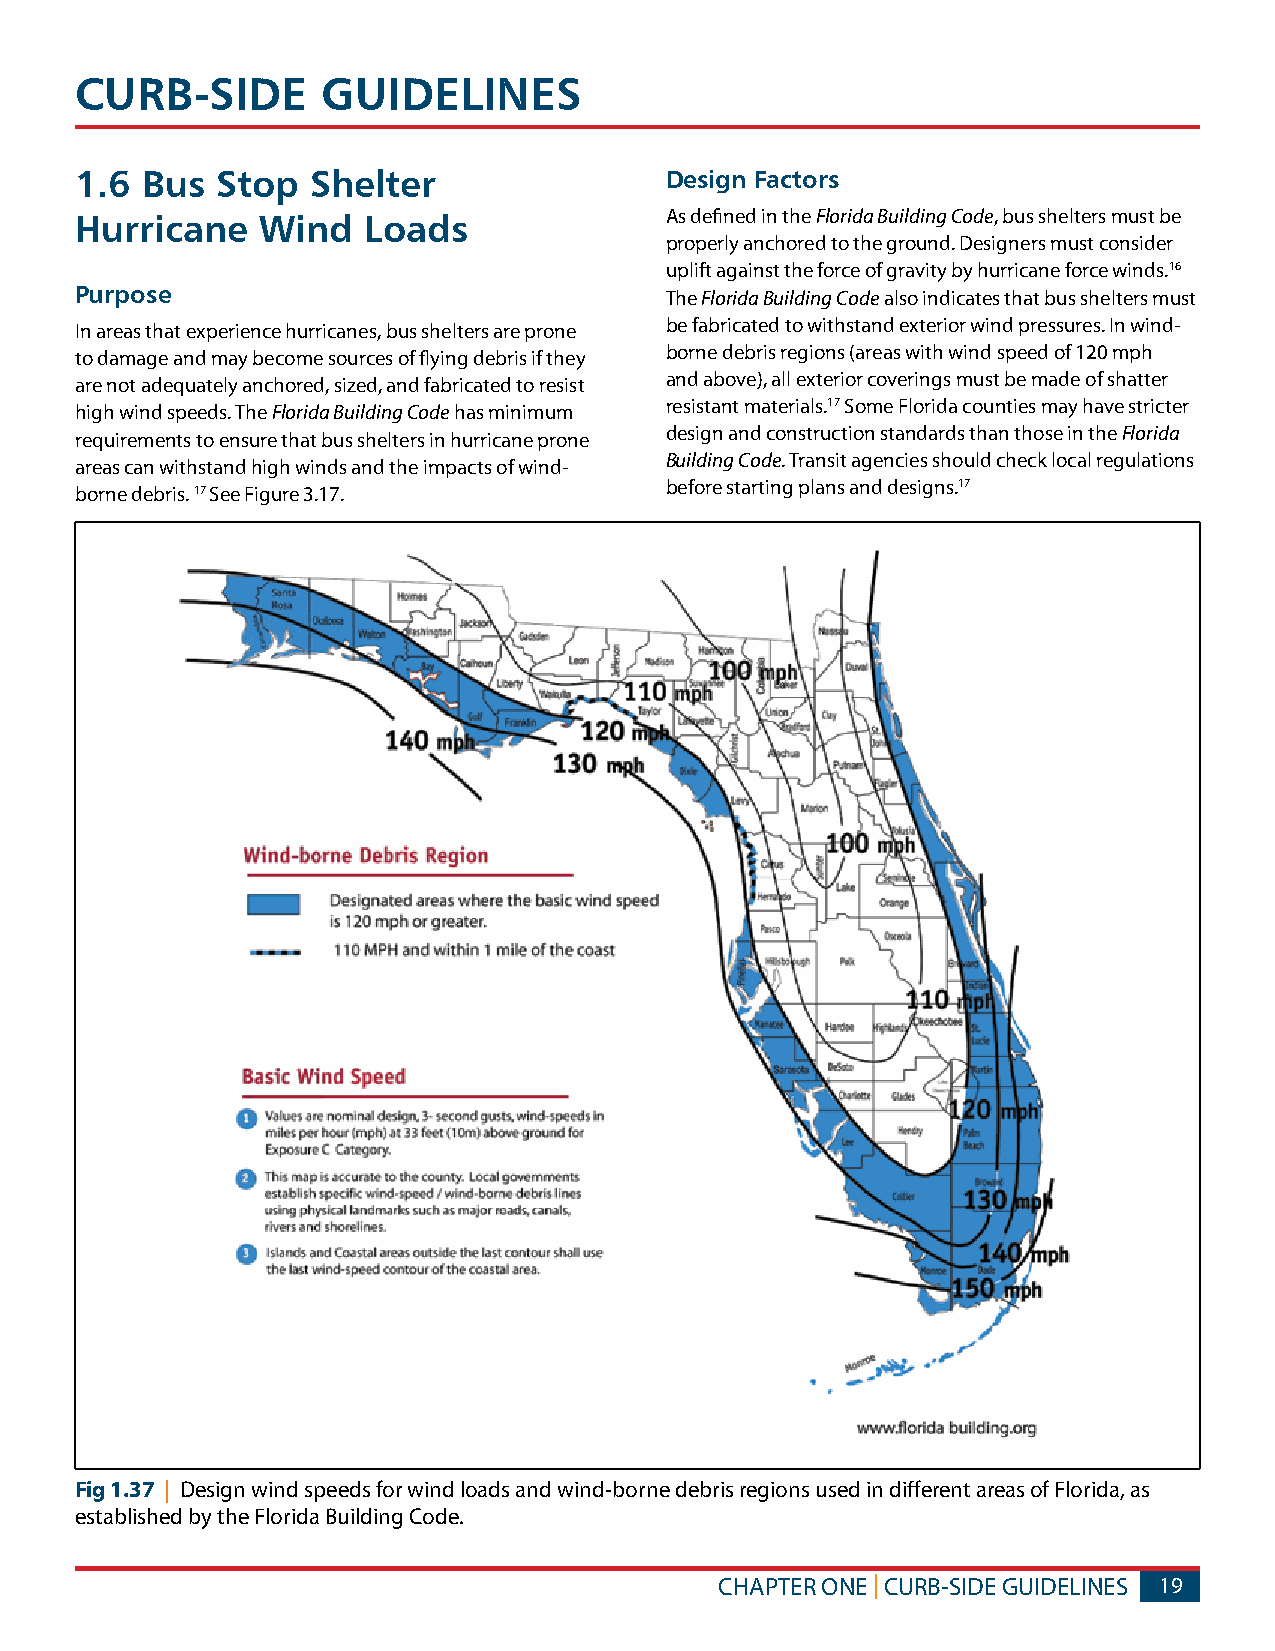
CURB-SIDE       GUIDELINES
 1.6 Bus  Stop   Shelter                Design Factors
 Hurricane   Wind   Loads               As defined in the Florida Building Code, bus shelters must be
 properly anchored to the ground. Designers must consider
 uplift against the force of gravity by hurricane force winds.16
 Purpose                                The Florida Building Code also indicates that bus shelters must
 be fabricated to withstand exterior wind pressures. In wind-
 In areas that experience hurricanes, bus shelters are prone
 borne debris regions (areas with wind speed of 120 mph
 to damage and may become sources of flying debris if they
 and above), all exterior coverings must be made of shatter
 are not adequately anchored, sized, and fabricated to resist
 resistant materials.17 Some Florida counties may have stricter
 high wind speeds. The Florida Building Code has minimum
 design and construction standards than those in the Florida
 requirements to ensure that bus shelters in hurricane prone
 Building Code. Transit agencies should check local regulations
 areas can withstand high winds and the impacts of wind-
 borne debris. 17 See Figure 3.17.      before starting plans and designs.17
 Fig 1.37 | Design wind speeds for wind loads and wind-borne debris regions used in different areas of Florida, as
 established by the Florida Building Code.
 CHAPTER ONE | CURB-SIDE GUIDELINES 19